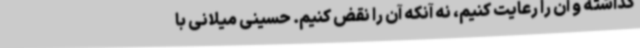
گذاشته و آن را رعایت کنیم، نه آنکه آن را نقض کنیم. حسینی میلانی با